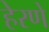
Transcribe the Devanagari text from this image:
हेरणे